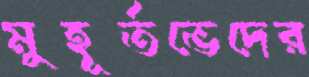
মুহূর্তভেদের